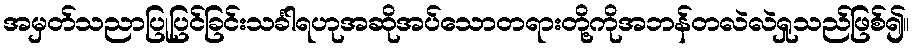
အမှတ်သညာပြုပြင်ခြင်းသင်္ခါရဟုအဆိုအပ်သောတရားတို့ကိုအဘန်တလဲလဲရှုသည်ဖြစ်၍။